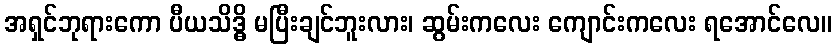
အရှင်ဘုရားကော ပီယသိဒ္ဓိ မပြီးချင်ဘူးလား၊ ဆွမ်းကလေး ကျောင်းကလေး ရအောင်လေ။